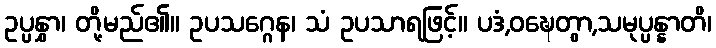
ဥပ္ပနွှာ၊ တို့မည်၏။ ဥပသဂ္ဂေန၊ သံ ဥပသာရဖြင့်။ ပဒံ,ဝဍ္ဎေတွာ,သမုပ္ပန္နာတိ၊